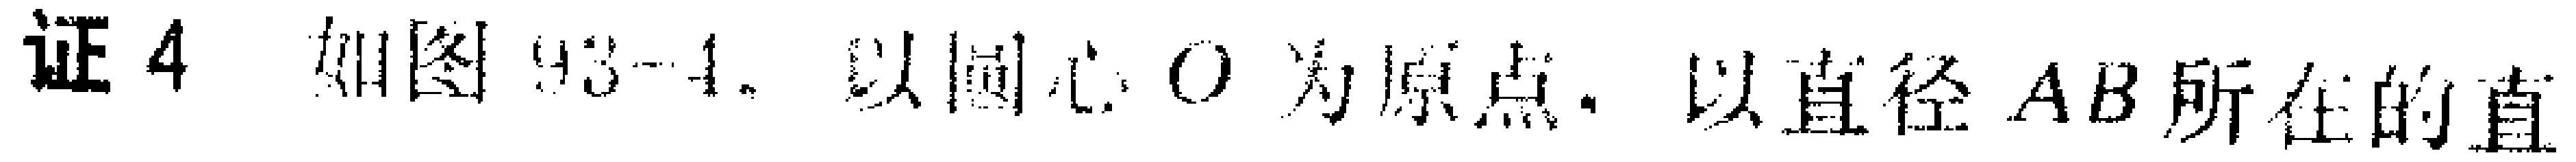
证4 如图93 - 4，以圆心\(O\)为原点，以直径\(AB\)所在的直